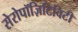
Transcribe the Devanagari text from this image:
सेरोपॉज़िटिविटी